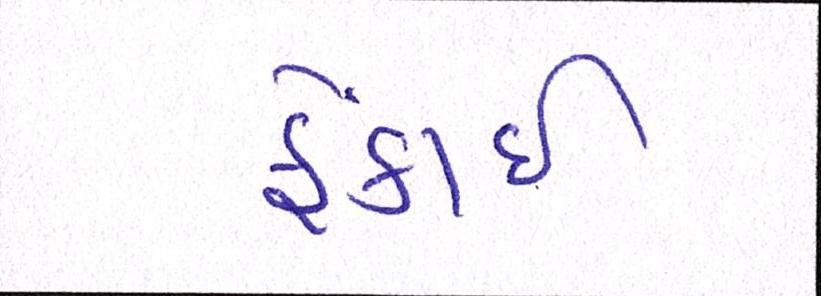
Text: ફેંકાઈ